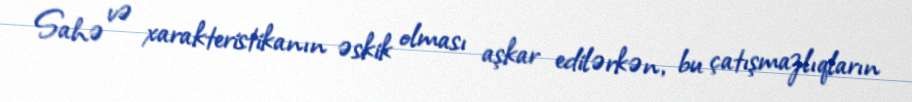
Sahə və xarakteristikanın əskik olması aşkar edilərkən, bu çatışmazlıqların